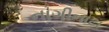
નાગીનાટા